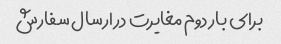
برای بار دوم مغایرت در ارسال سفارش